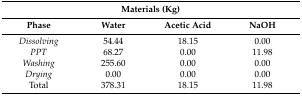
| <COLSPAN=4> Materials (Kg) |
 | Phase | Water | Acetic Acid | NaOH |
 | --- | --- | --- | --- |
 | Dissolving | 54.44 | 18.15 | 0.00 |
 | PPT | 68.27 | 0.00 | 11.98 |
 | Washing | 255.60 | 0.00 | 0.00 |
 | Drying | 0.00 | 0.00 | 0.00 |
 | Total | 378.31 | 18.15 | 11.98 |